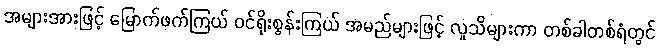
အများအားဖြင့် မြောက်ဖက်ကြယ် ဝင်ရိုးစွန်းကြယ် အမည်များဖြင့် လူသိများကာ တစ်ခါတစ်ရံတွင်